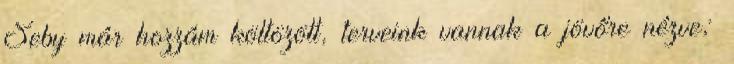
Seby már hozzám költözött, terveink vannak a jövőre nézve;